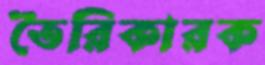
তৈরিকারক